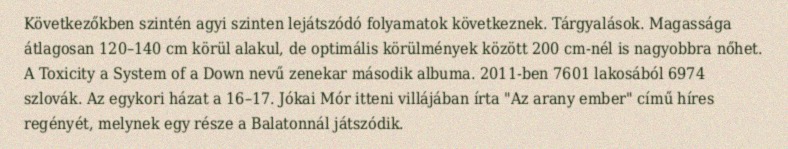
Következőkben szintén agyi szinten lejátszódó folyamatok következnek. Tárgyalások. Magassága átlagosan 120–140 cm körül alakul, de optimális körülmények között 200 cm-nél is nagyobbra nőhet. A Toxicity a System of a Down nevű zenekar második albuma. 2011-ben 7601 lakosából 6974 szlovák. Az egykori házat a 16–17. Jókai Mór itteni villájában írta "Az arany ember" című híres regényét, melynek egy része a Balatonnál játszódik.